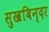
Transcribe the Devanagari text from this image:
सुखबिन्दर